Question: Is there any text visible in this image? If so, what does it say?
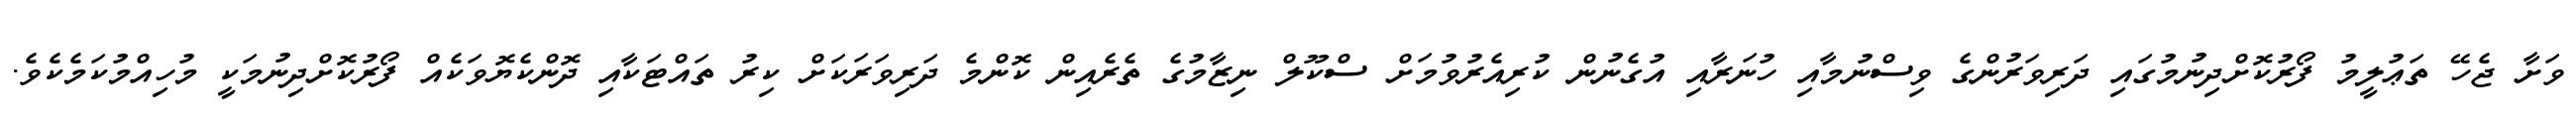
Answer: ވަށާ ޖެހޭ ތަޢުލީމު ފޯރުކޮށްދިނުމުގައި ދަރިވަރުންގެ ވިސްނުމާއި ހުނަރާއި އުގެނުން ކުރިއެރުވުމަށް ސްކޫލް ނިޒާމުގެ ތެރެއިން ކޮންމެ ދަރިވަރަކަށް ކިރު ތައްޓަކާއި ދޮންކެޔޮވަކެއް ފޯރުކޮށްދިނުމަކީ މުހިއްމުކަމެކެވެ.